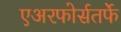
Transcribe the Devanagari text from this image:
एअरफोर्सतर्फे